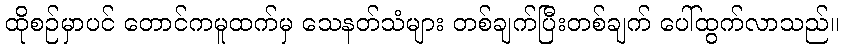
ထိုစဉ်မှာပင် တောင်ကမူထက်မှ သေနတ်သံများ တစ်ချက်ပြီးတစ်ချက် ပေါ်ထွက်လာသည်။